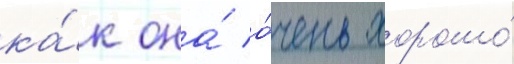
ка́к она́ о́чень хорошо́